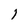
Character: 1